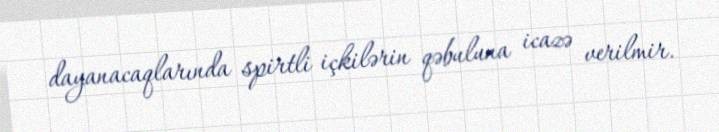
dayanacaqlarında spirtli içkilərin qəbuluna icazə verilmir.